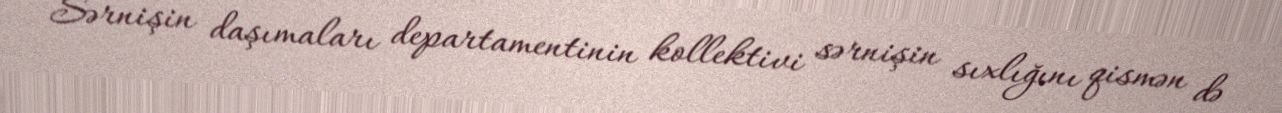
Sərnişin daşımaları departamentinin kollektivi sərnişin sıxlığını qismən də